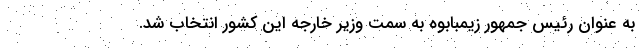
به عنوان رئیس جمهور زیمبابوه به سمت وزیر خارجه این کشور انتخاب شد.